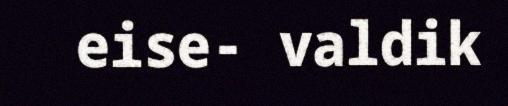
eise- valdik